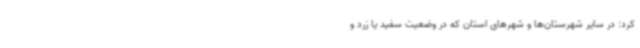
کرد: در سایر شهرستان‌ها و شهرهای استان که در وضعیت سفید یا زرد و